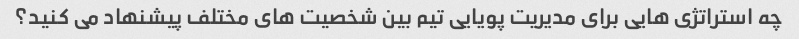
چه استراتژی هایی برای مدیریت پویایی تیم بین شخصیت های مختلف پیشنهاد می کنید؟